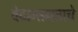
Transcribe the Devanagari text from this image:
वेदान्तमताचे